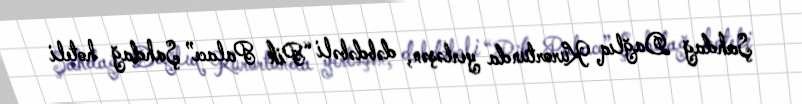
Şahdağ Dağlıq Kurortunda yerləşən, dəbdəbəli “Pik Palace” Şahdağ hoteli